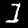
Label: 1